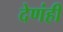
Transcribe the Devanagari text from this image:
देणंही